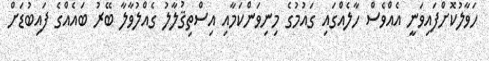
ހަވާލުކޮށްފައިވަނީ އެއްވެސް ހާލެއްގައި ގައުމުގެ މިނިވަންކަމާއި އިސްތިޤުލާލު ގެއްލުވާލާ ބޭރު ބައެއްގެ ފައިބުޑަށް